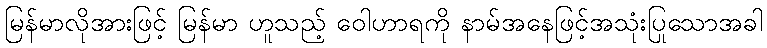
မြန်မာလိုအားဖြင့် မြန်မာ ဟူသည့် ဝေါဟာရကို နာမ်အနေဖြင့်အသုံးပြုသောအခါ